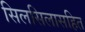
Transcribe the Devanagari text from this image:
सिलसिलासहित